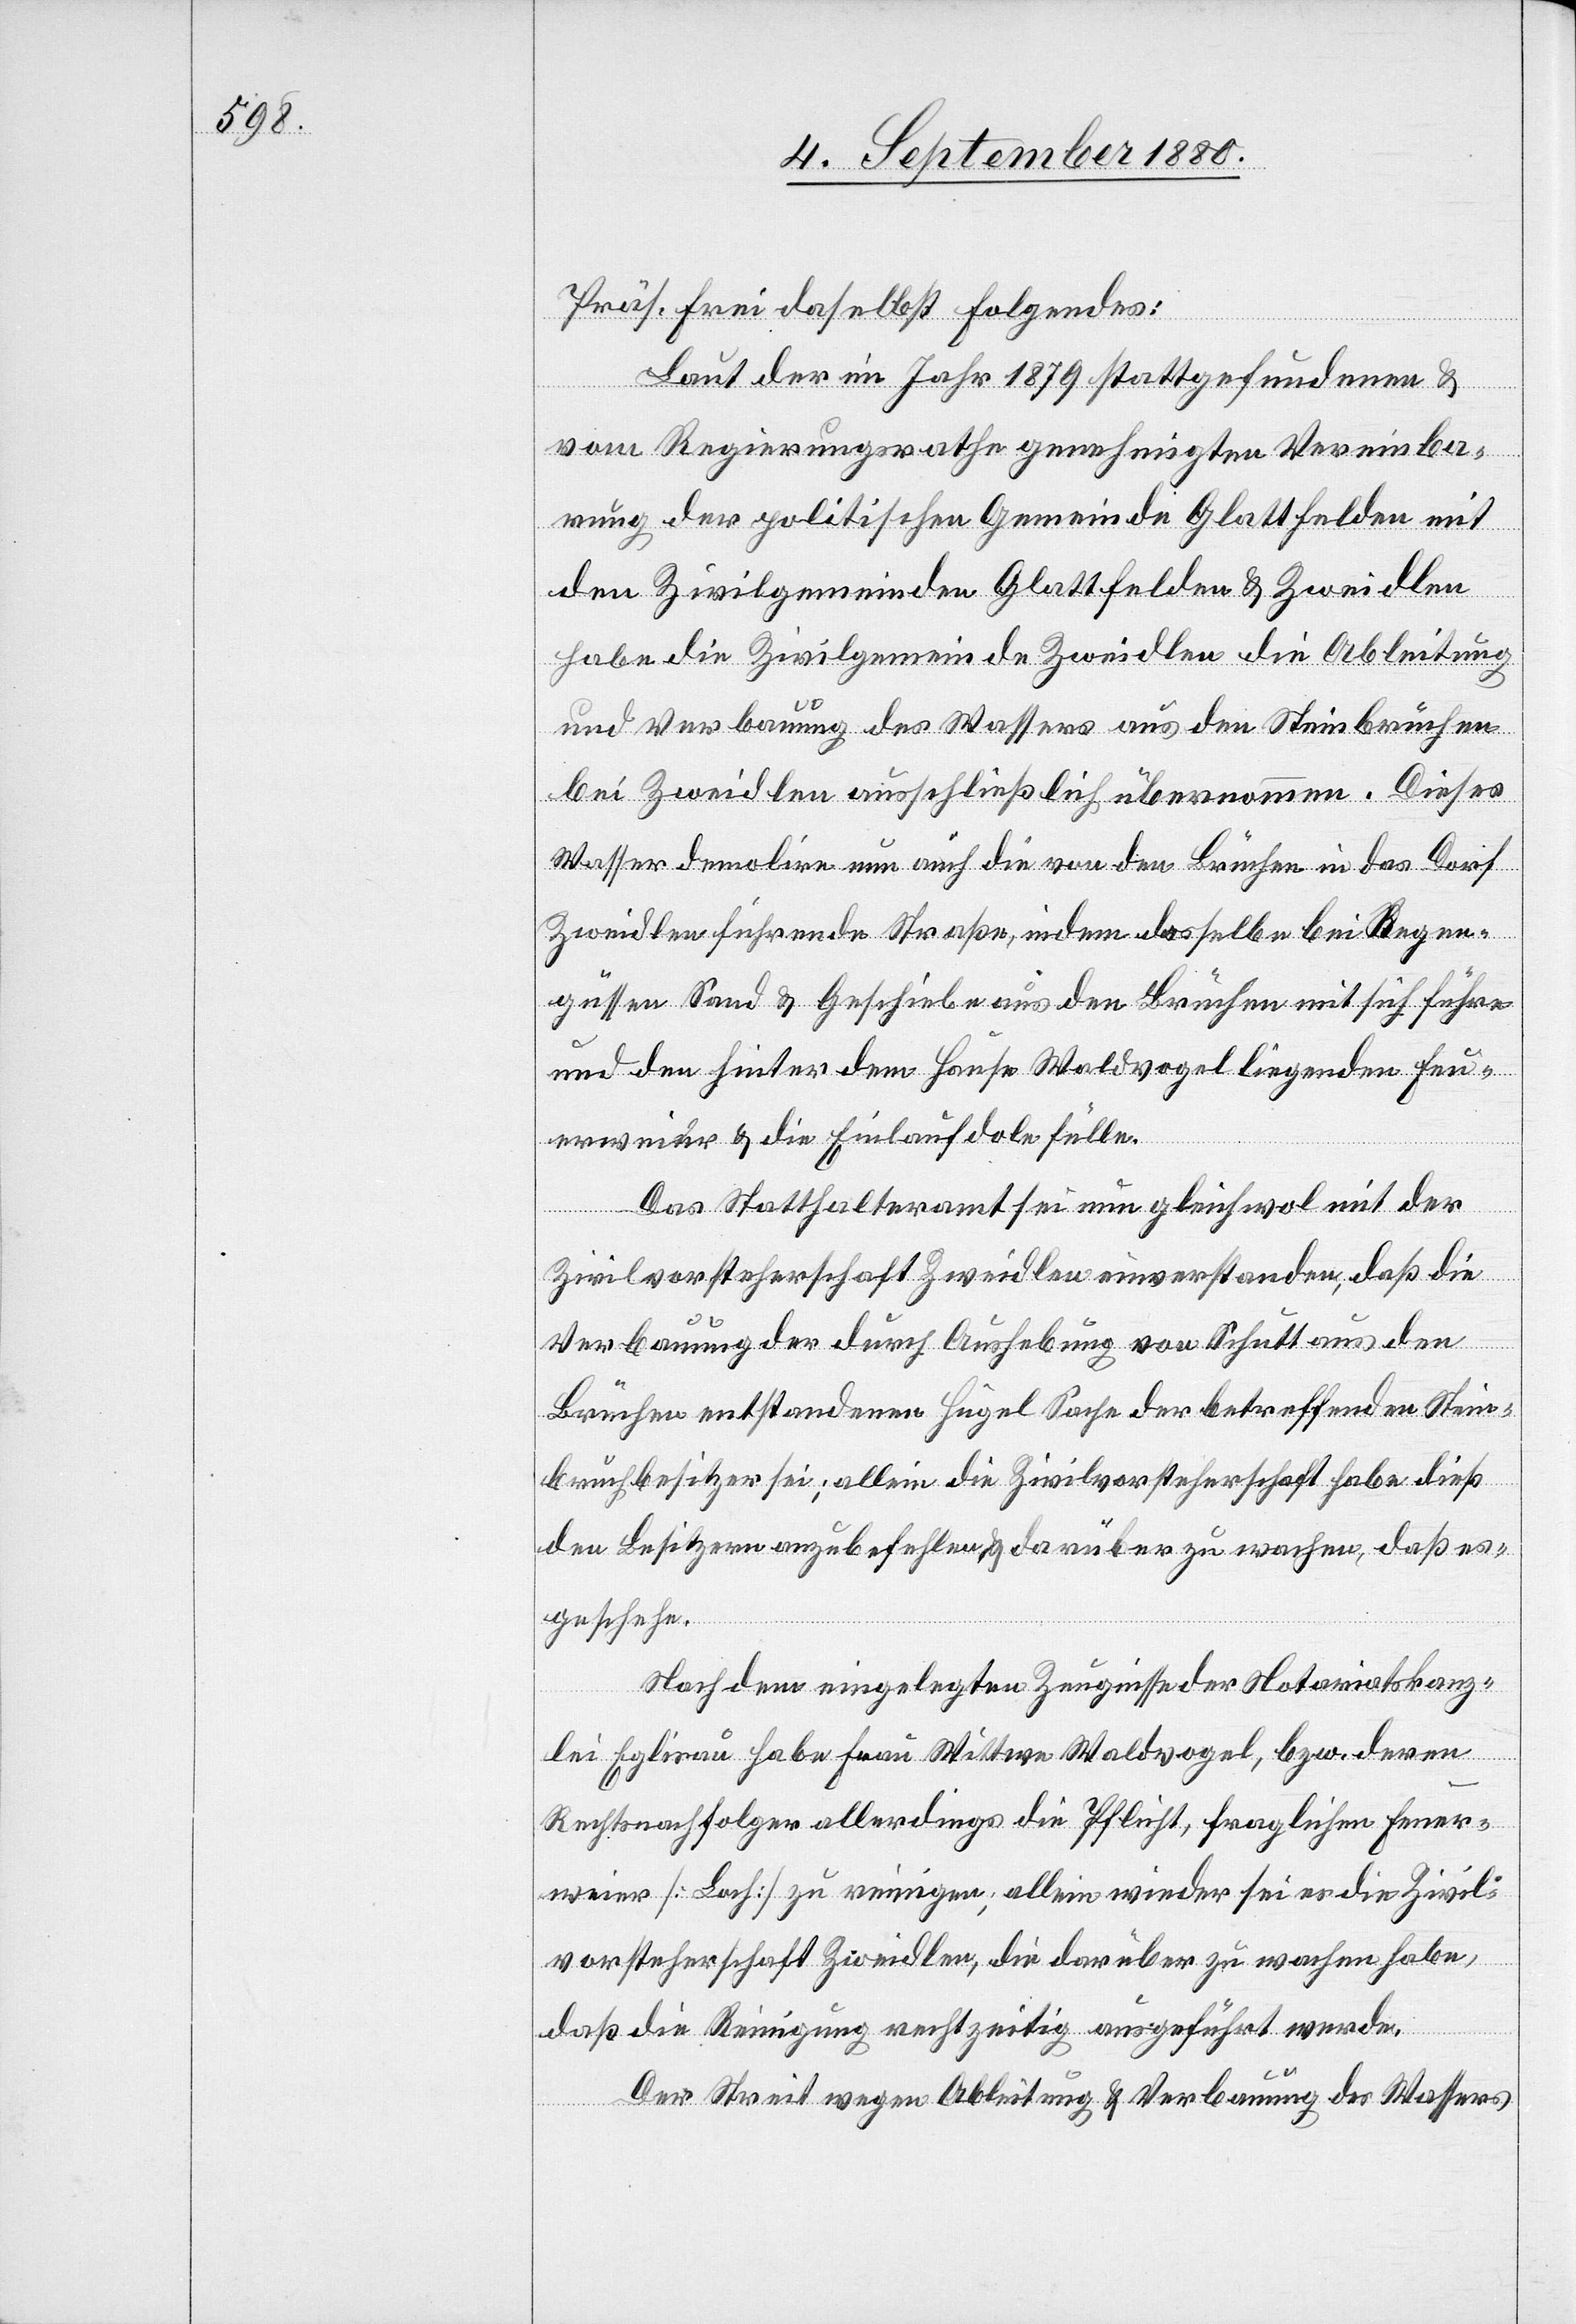
Präs. Frei daselbst folgendes:
Laut der im Jahr 1879 stattgefundenen &
vom Regierungsrathe genehmigten Vereinba¬
rung der politischen Gemeinde Glattfelden mit
den Zivilgemeinden Glattfelden & Zweidlen
habe die Zivilgemeinde Zweidlen die Ableitung
und Verbauung des Wassers aus den Steinbrüchen
bei Zweidlen ausschließlich übernommen. Dieses
Wasser demolire nun auch die von den Brüchen in das Dorf
Zweidlen führende Straße, indem dasselbe bei Regen¬
güssen Sand & Geschiebe aus den Brüchen mit sich führe
und den hinter dem Hause Waldvogel liegenden Feu¬
erweier & die Einlaufdole füllen.
Das Statthalteramt sei nun gleichwol mit der
Zivilvorsteherschaft Zweidlen einverstanden, daß die
Verbauung der durch Aushebung von Schutt aus den
Brüchen entstandenen Hügel Sache der betreffenden Stein¬
bruchbesitzer sei; allein die Zivilvorsteherschaft habe dieß
den Besitzern anzubefehlen & darüber zu wachen, daß es
geschehe.
Nach dem eingelegten Zeugnisse der Notariatskanz¬
lei Eglisau habe Frau Wittwe Waldvogel, bzw. deren
Rechtsnachfolger allerdings die Pflicht, fraglichen Feuer¬
weier [Loch] zu reinigen; allein wieder sei es die Zivil¬
vorsteherschaft Zweidlen, die darüber zu wachen habe,
daß die Reinigung rechtzeitig ausgeführt werde.
Der Streit wegen Ableitung & Verbauung des Wassers